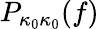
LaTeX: P_{\kappa_{0}\kappa_{0}}(f)